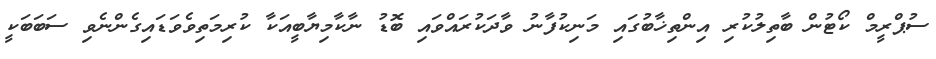
ސުޕްރީމް ކޯޓުން ބާތިލުކުރި އިންތިޚާބުގައި މަނިކުފާނު ވާދަކުރައްވައި ބޮޑު ނާކާމިޔާބީއަކާ ކުރިމަތިވެވަޑައިގެންނެވި ސަބަބަކީ